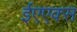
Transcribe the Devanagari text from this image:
ईएएक्स